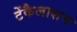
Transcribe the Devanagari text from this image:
टेंकैलाशम